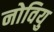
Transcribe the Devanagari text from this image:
नोवियु